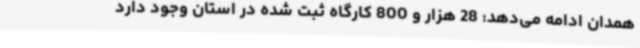
همدان ادامه می‌دهد: 28 هزار و 800 کارگاه ثبت شده در استان وجود دارد